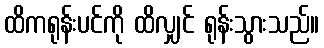
ထိကရုန်းပင်ကို ထိလျှင် ရုန်းသွားသည်။